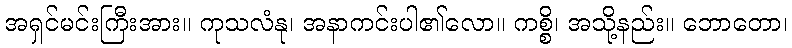
အရှင်မင်းကြီးအား။ ကုသလံနု၊ အနာကင်းပါ၏လော။ ကစ္စိ၊ အသို့နည်း။ ဘောတော၊